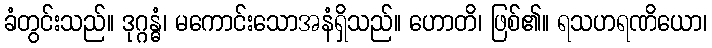
ခံတွင်းသည်။ ဒုဂ္ဂန္ဓံ၊ မကောင်းသောအနံရှိသည်။ ဟောတိ၊ ဖြစ်၏။ ရသဟရဏိယော၊